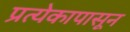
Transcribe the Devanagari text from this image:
प्रत्येकापासून